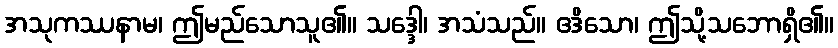
အသုကဿနာမ၊ ဤမည်သောသူ၏။ သဒ္ဒေါ၊ အသံသည်။ ဧဒိသော၊ ဤသို့သဘောရှိ၏။